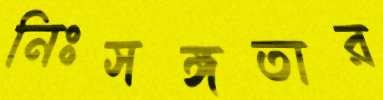
নিঃসঙ্গতার